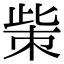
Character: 㭰